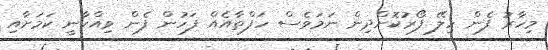
މިހާރު ފެން ހިލޭ ފޯރުކޮށްދިން ނަމަވެސް ހަފްތާއެއް ފަހުން ފެން ވިއްކާނީ ކަމަށާއި